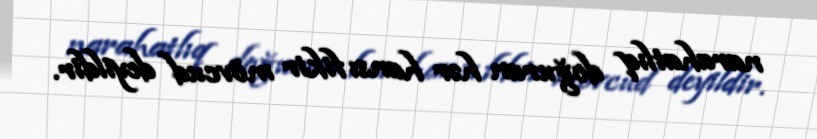
narahatlıq doğuran hər hansı fikir mövcud deyildir.